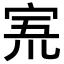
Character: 𡨓